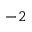
^ { - 2 }